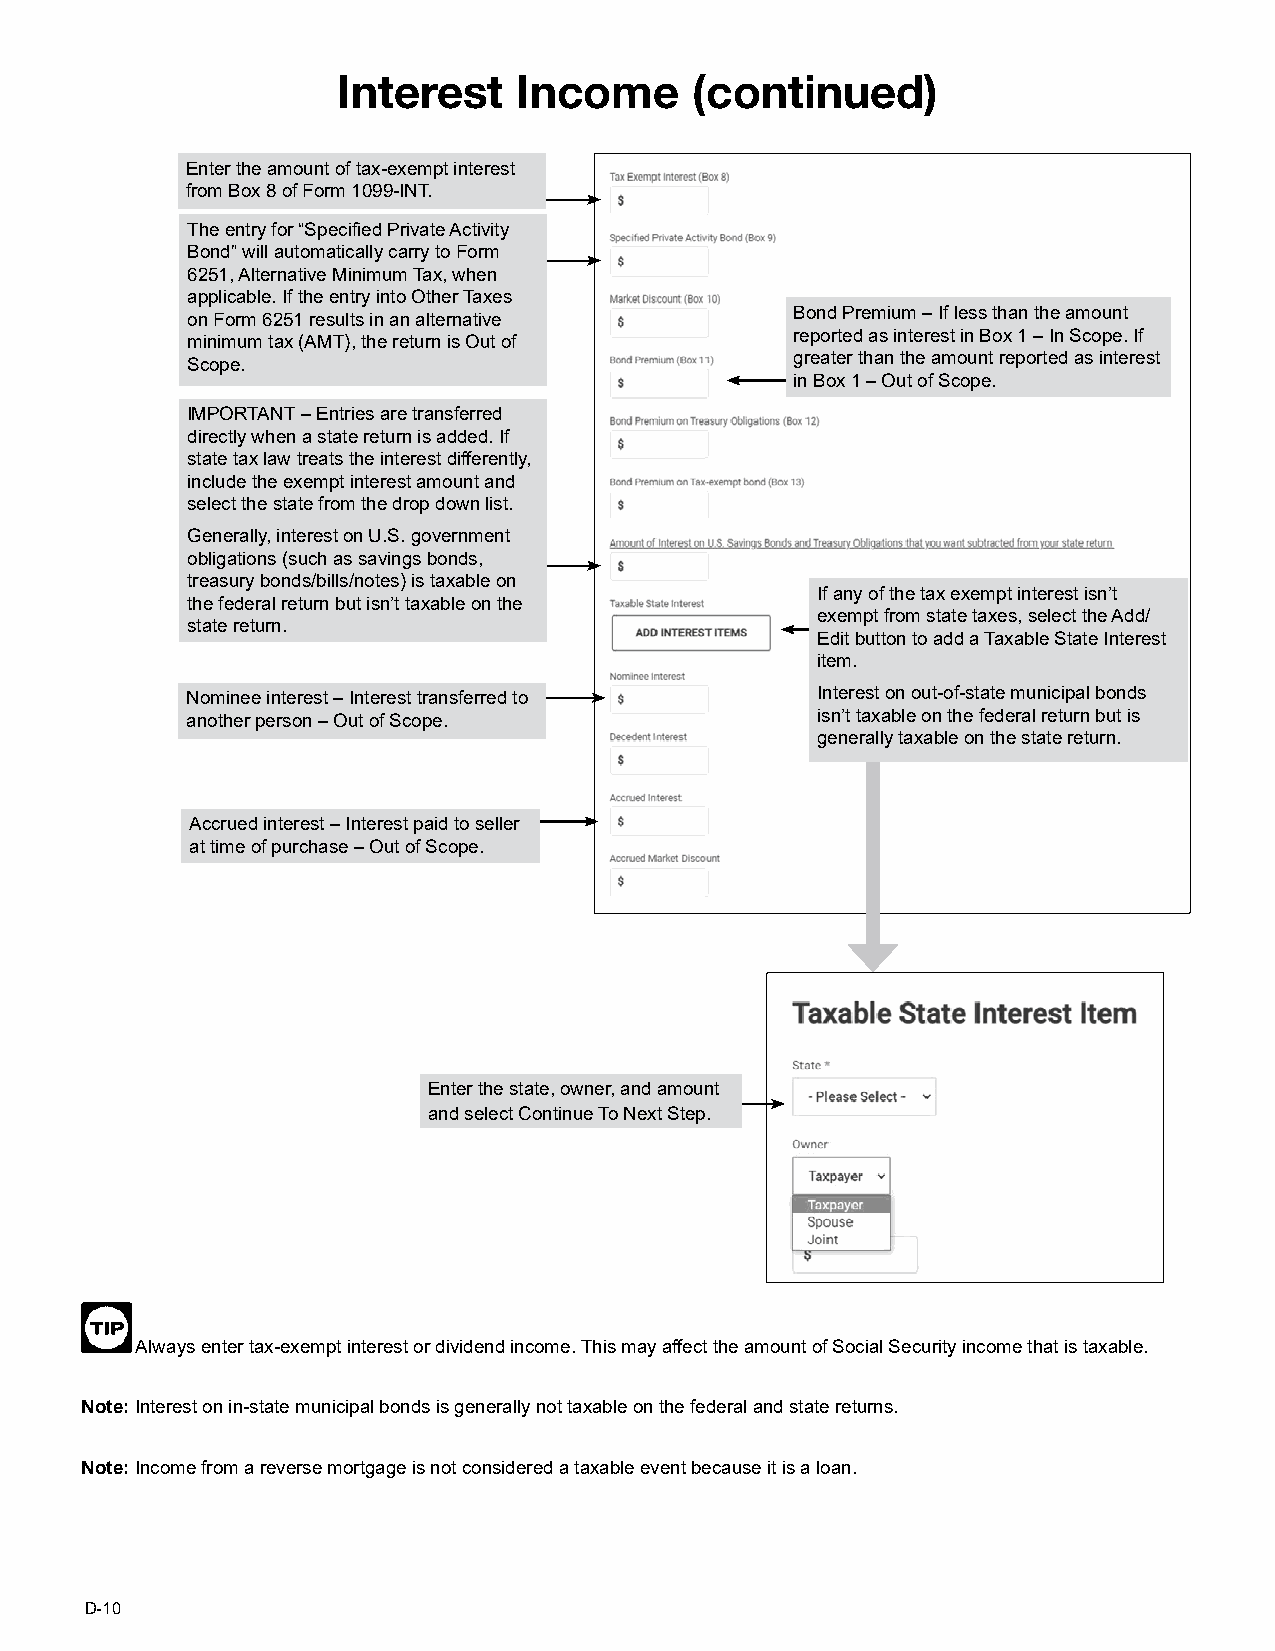
IInntteerreesstt IInnccoommee ((ccoonnttiinnuueedd))
 Enter the amount of tax-exempt interest
 from Box 8 of Form 1099-INT.
 The entry for “Specified Private Activity
 Bond” will automatically carry to Form
 6251, Alternative Minimum Tax, when
 applicable. If the entry into Other Taxes
 Bond Premium – If less than the amount
 on Form 6251 results in an alternative
 reported as interest in Box 1 – In Scope. If
 minimum tax (AMT), the return is Out of
 greater than the amount reported as interest
 Scope.
 in Box 1 – Out of Scope.
 IMPORTANT – Entries are transferred
 directly when a state return is added. If
 state tax law treats the interest differently,
 include the exempt interest amount and
 select the state from the drop down list.
 Generally, interest on U.S. government
 obligations (such as savings bonds,
 treasury bonds/bills/notes) is taxable on
 If any of the tax exempt interest isn’t
 the federal return but isn’t taxable on the
 exempt from state taxes, select the Add/
 state return.
 Edit button to add a Taxable State Interest
 item.
 Nominee interest – Interest transferred to Interest on out-of-state municipal bonds
 another person – Out of Scope.            isn’t taxable on the federal return but is
 generally taxable on the state return.
 Accrued interest – Interest paid to seller
 at time of purchase – Out of Scope.
 Enter the state, owner, and amount
 and select Continue To Next Step.
 Always enter tax-exempt interest or dividend income. This may affect the amount of Social Security income that is taxable.
 Note: Interest on in-state municipal bonds is generally not taxable on the federal and state returns.
 Note: Income from a reverse mortgage is not considered a taxable event because it is a loan.
 D-10